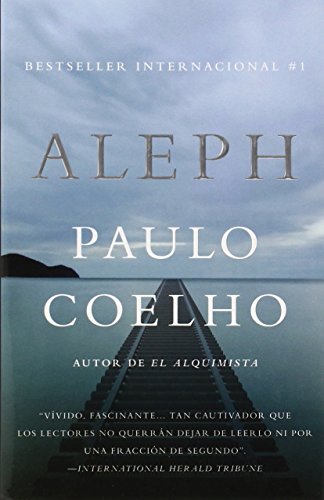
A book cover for Aleph (EspaÃ±ol) (Spanish Edition); Paulo Coelho; Literature & Fiction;